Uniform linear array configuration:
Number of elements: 32
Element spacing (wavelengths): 0.5
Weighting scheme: hann
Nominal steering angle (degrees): -60
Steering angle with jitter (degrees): -59.749
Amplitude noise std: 0.05
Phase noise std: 0.05

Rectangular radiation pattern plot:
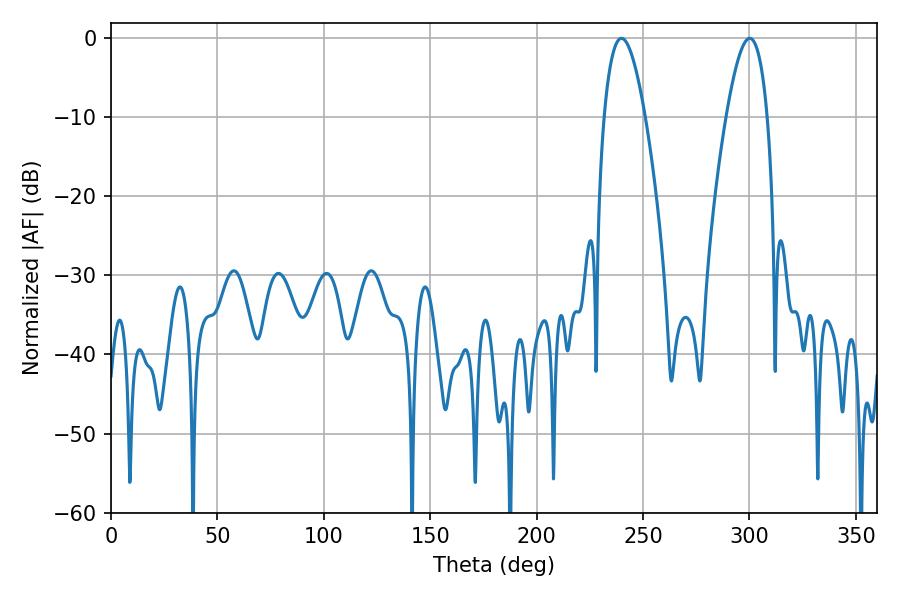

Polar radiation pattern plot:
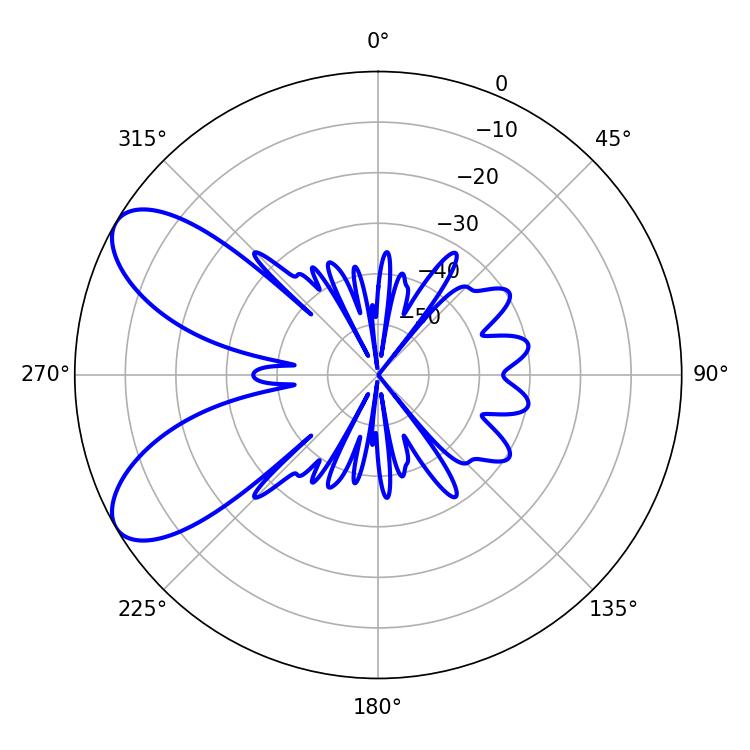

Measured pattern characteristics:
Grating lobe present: FALSE
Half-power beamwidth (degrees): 10.44
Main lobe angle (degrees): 300.06